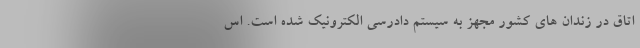
اتاق در زندان های کشور مجهز به سیستم دادرسی الکترونیک شده است. اس